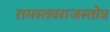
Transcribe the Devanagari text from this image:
रामस्तवराजस्तोत्र